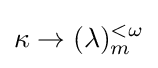
\displaystyle \kappa \rightarrow (\lambda )_{m}^{<\omega }